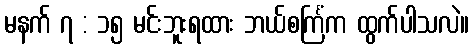
မနက် ၇ : ၁၅ မင်းဘူးရထား ဘယ်စင်္ကြံက ထွက်ပါသလဲ။